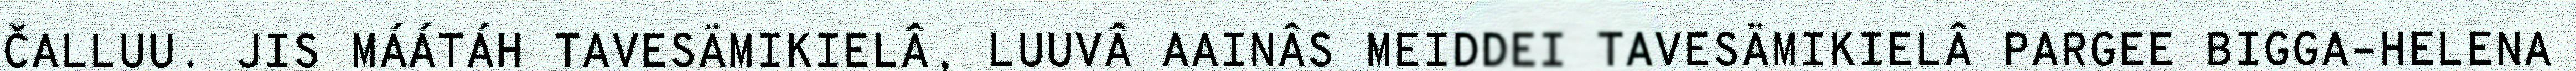
ČALLUU. JIS MÁÁTÁH TAVESÄMIKIELÂ, LUUVÂ AAINÂS MEIDDEI TAVESÄMIKIELÂ PARGEE BIGGA-HELENA